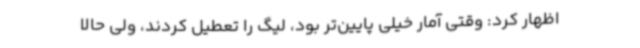
اظهار کرد: وقتی آمار خیلی پایین‌تر بود، لیگ را تعطیل کردند، ولی حالا